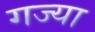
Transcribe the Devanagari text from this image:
गज्या